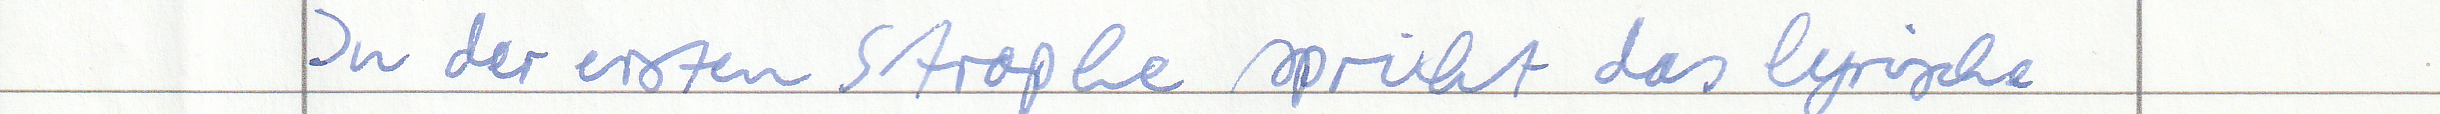
In der ersten Strophe spricht das lyrische